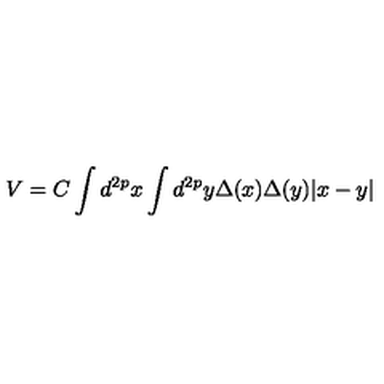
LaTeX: V = C \int d ^ { 2 p } x \int d ^ { 2 p } y \Delta ( x ) \Delta ( y ) | x - y |